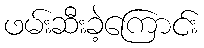
ဖမ်းဆီးခဲ့ကြောင်း